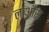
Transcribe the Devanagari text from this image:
लाऔस